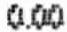
0.00